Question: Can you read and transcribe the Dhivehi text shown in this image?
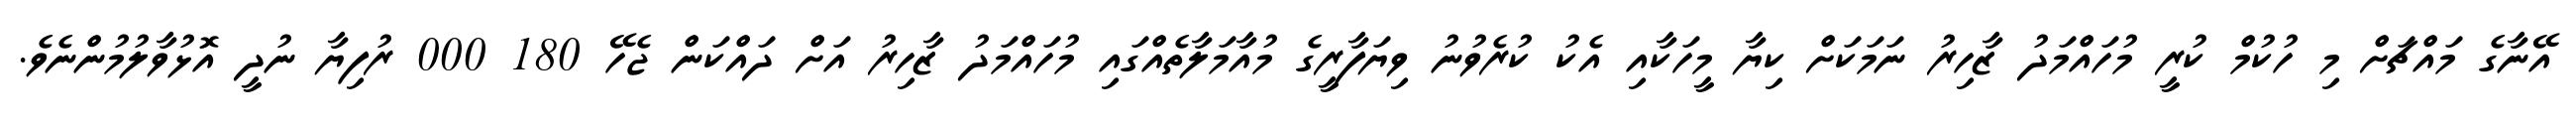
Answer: އޭނާގެ މައްޗަށް މި ހުކުމް ކުރީ މުހައްމަދު ޒާހިރު ނަމަކަށް ކިޔާ މީހަކާއި އެކު ކުރެވުނު ވިޔަފާރީގެ މުއާމަލާތެއްގައި މުހައްމަދު ޒާހިރު އަށް ދައްކަން ޖެހޭ 180 000 ރުފިޔާ ނުދީ އޮޅުވާލުމުންނެވެ.